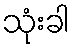
သုံးခါ